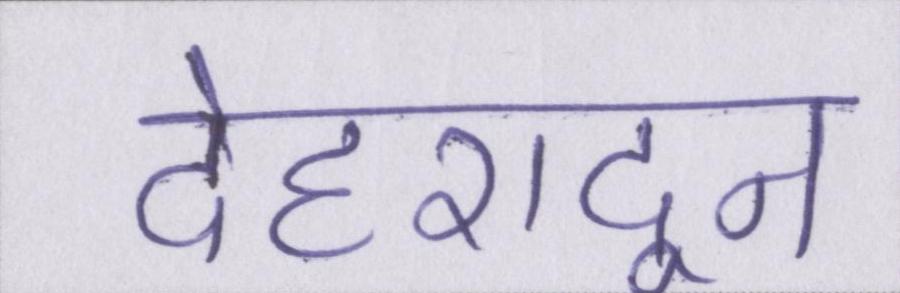
देहरादून